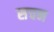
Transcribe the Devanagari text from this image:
सचन